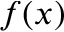
f ( x )